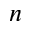
n